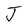
Character: J